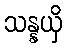
သန္နယှိ